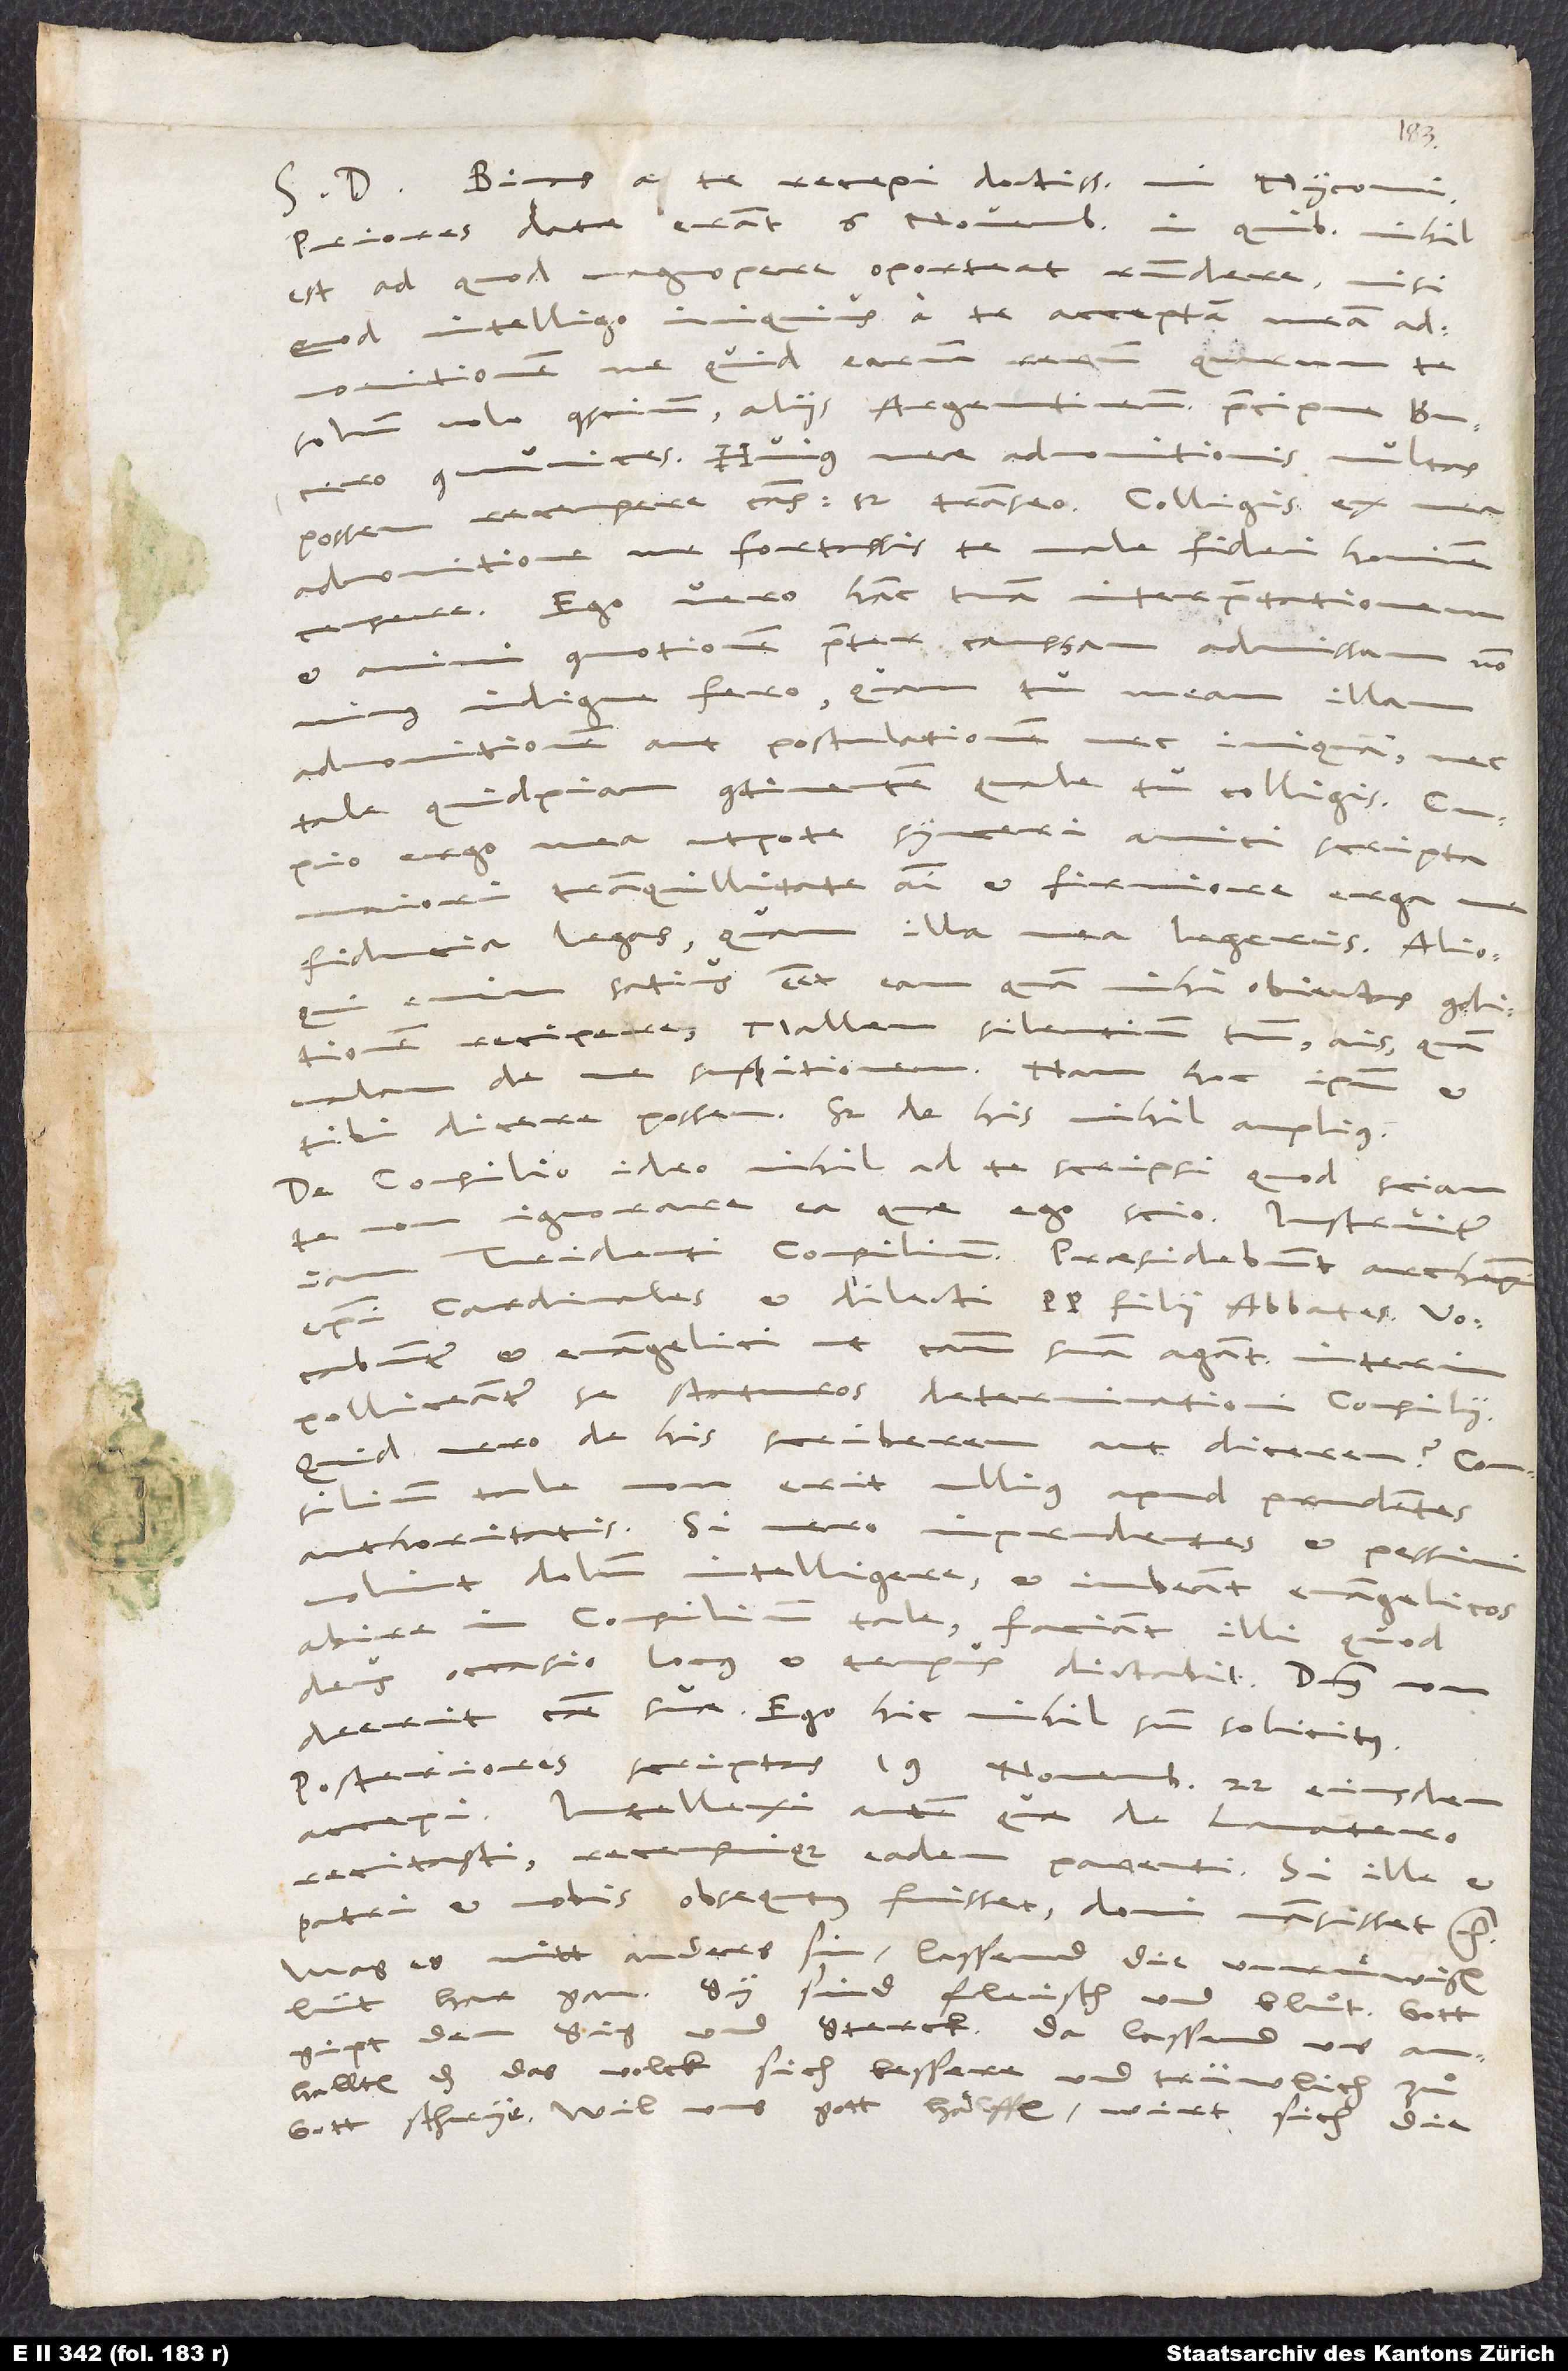
1547.
S. D. Binas a te recepi, doctissime mi Myconi.
Priores datae erant 6. novembris, in quibus nihil
est, ad quod magnopere oporteat respondere, nisi
quod intelligo iniquius a te acceptam meam
te
admonitionem, ne quid earum rerum, quarum
solum volo conscium, aliis Argentinensibus, praecipue Bucero,
communices. Huius meae admonitionis multas
possem recensere causas, sed transeo. Colligis ex mea
admonitione me fortassis te male fidei hominem
censere! Ego vero hanc tuam interpretationem
commotionem praeter caussam admissam non
indigne fero quam tu meam illam
admonitionem aut postulationem nec iniquam, nec
tale quidpiam continentem, quale tu colligis. Cupio
ergo mea utpote synceri amici scripta
maiori tranquillitate animi et firmiore erga
fiducia legas, quam illa mea legeris. Alioqui
enim satius esset eam, quam mihi obiectas, conditionem
recipere: „Mallem silentium tuum“, ais, „quam
malam de me suspitionem“; nam hoc ipsum et
tibi dicere possem. Sed de his nihil amplius.
De consilio ideo nihil ad te scripsi, quod sciam
te non ignorare ea, quae ego scio. Instruitur
Tridenti consilium. Praesidebunt archepiscopi,
episcopi, cardinales et dilecti papae filii abbates. Vocabuntur
evangelici, ut caussam suam agant. Interim
polliceantur se staturos determinationi consilii.
Quid vero de his scriberem aut dicerem? Consilium
tale non erit ullius apud prudentes
authoritatis. Si vero imprudentes et pessimi
nolint dolum intelligere et iubeant evangelicos
abire in consilium tale, faciant illi, quod
deus, occasio, locus et tempus dictabit. Dominus non
deerit caussae suae! Ego hic nihil sum solicitus.
Posteriores scriptas 19. novembris 22. eiusdem
accepi. Intellexi autem, quae de Lavatero
recitasti recensuique eadem parenti. Si ille et
patri et nobis obsequtus fuisset, domi mansisset, etc.
Mag es nitt anders sin, lassend die unruͤwigen
lüt har gan. Sy sind fleisch und bluͦt. Gott
gipt den sig und sterck. Da lassend uns
anhallten, das das volck sich bessere und trüwlich
gott schrye. Wil uns gott hälffen, wirt sich die